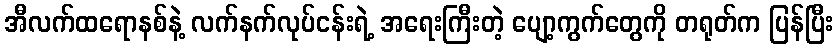
အီလက်ထရောနစ်နဲ့ လက်နက်လုပ်ငန်းရဲ့ အရေးကြီးတဲ့ ပျော့ကွက်တွေကို တရုတ်က ပြန်ပြီး